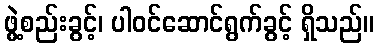
ဖွဲ့စည်းခွင့်၊ ပါဝင်ဆောင်ရွက်ခွင့် ရှိသည်။